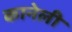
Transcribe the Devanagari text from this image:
कानेली